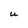
Character: U